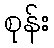
စုန်း